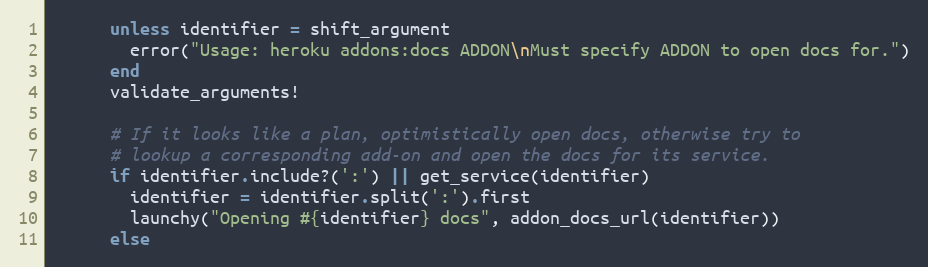
Language: Ruby
      unless identifier = shift_argument
        error("Usage: heroku addons:docs ADDON\nMust specify ADDON to open docs for.")
      end
      validate_arguments!

      # If it looks like a plan, optimistically open docs, otherwise try to
      # lookup a corresponding add-on and open the docs for its service.
      if identifier.include?(':') || get_service(identifier)
        identifier = identifier.split(':').first
        launchy("Opening #{identifier} docs", addon_docs_url(identifier))
      else